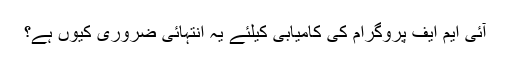
آئی ایم ایف پروگرام کی کامیابی کیلئے یہ انتہائی ضروری کیوں ہے؟